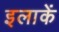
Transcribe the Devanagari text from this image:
इलाकें